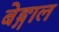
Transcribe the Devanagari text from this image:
बेङ्गाल